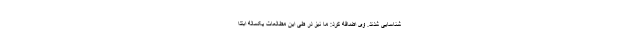
شناسایی شدند. وی اضافه کرد: ما نیز در طی این مطالعات یکساله ابتدا